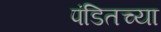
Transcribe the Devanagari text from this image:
पंडितच्या